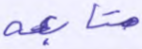
متابعة